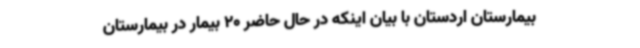
بیمارستان اردستان با بیان اینکه در حال حاضر 20 بیمار در بیمارستان